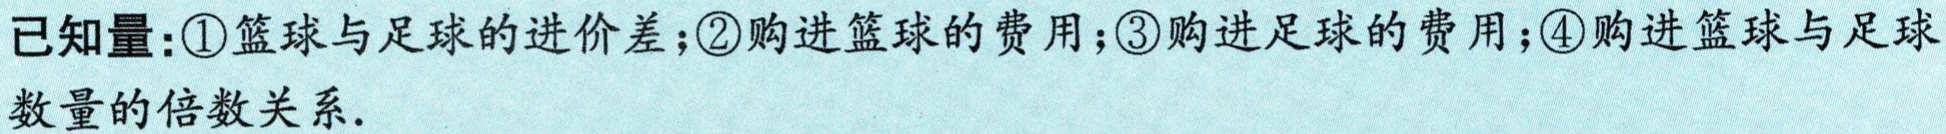
已知量：\textcircled{1}篮球与足球的进价差；\textcircled{2}购进篮球的费用；\textcircled{3}购进足球的费用；\textcircled{4}购进篮球与足球数量的倍数关系.